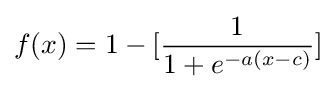
f(x)=1-[{\frac {1}{1+e^{-a(x-c)}}}]